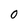
Character: 0